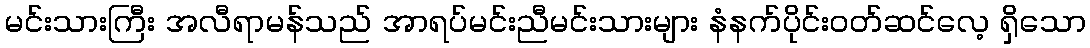
မင်းသားကြီး အလီရာမန်သည် အာရပ်မင်းညီမင်းသားများ နံနက်ပိုင်းဝတ်ဆင်လေ့ ရှိသော